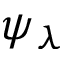
\psi _ { \lambda }